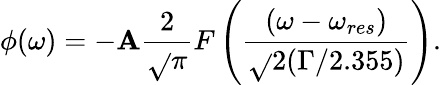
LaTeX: \phi(\omega)=-\mathbf{A}\frac{{2}}{{\sqrt{}{{\pi}}}}F\left(\frac{{(\omega-\omega_{res})}}{{\sqrt{}{{2}}(\Gamma/2.355)}}\right).